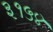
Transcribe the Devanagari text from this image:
३१५४